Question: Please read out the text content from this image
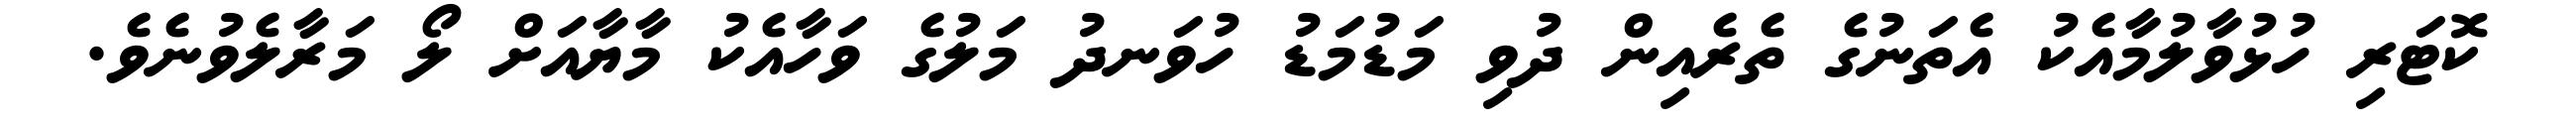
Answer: ކޮޓަރި ހުޅުވާލުމާއެކު އެތަނުގެ ތެރެއިން ދުވި މަޑުމަޑު ހުވަނދު މަލުގެ ވަހާއެކު މާޔާއަށް ލޯ މަރާލެވުނެވެ.